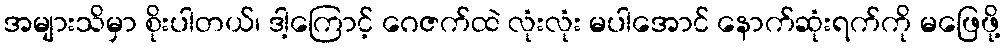
အများသိမှာ စိုးပါတယ်၊ ဒါ့ကြောင့် ဂေဇက်ထဲ လုံးလုံး မပါအောင် နောက်ဆုံးရက်ကို မဖြေဖို့